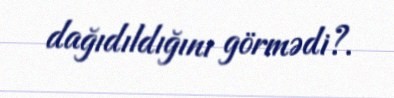
dağıdıldığını görmədi?.